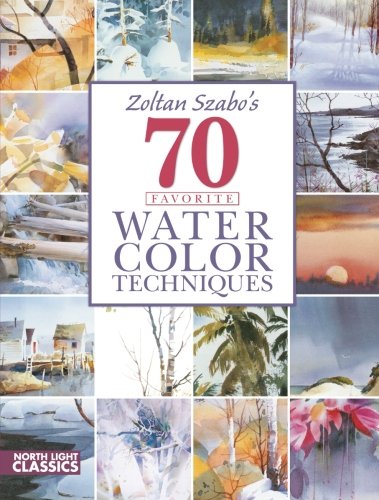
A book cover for Zoltan Szabo's 70 Favorite Watercolor Techniques; Zoltan Szabo; Arts & Photography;